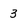
Character: 3